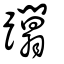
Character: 躢